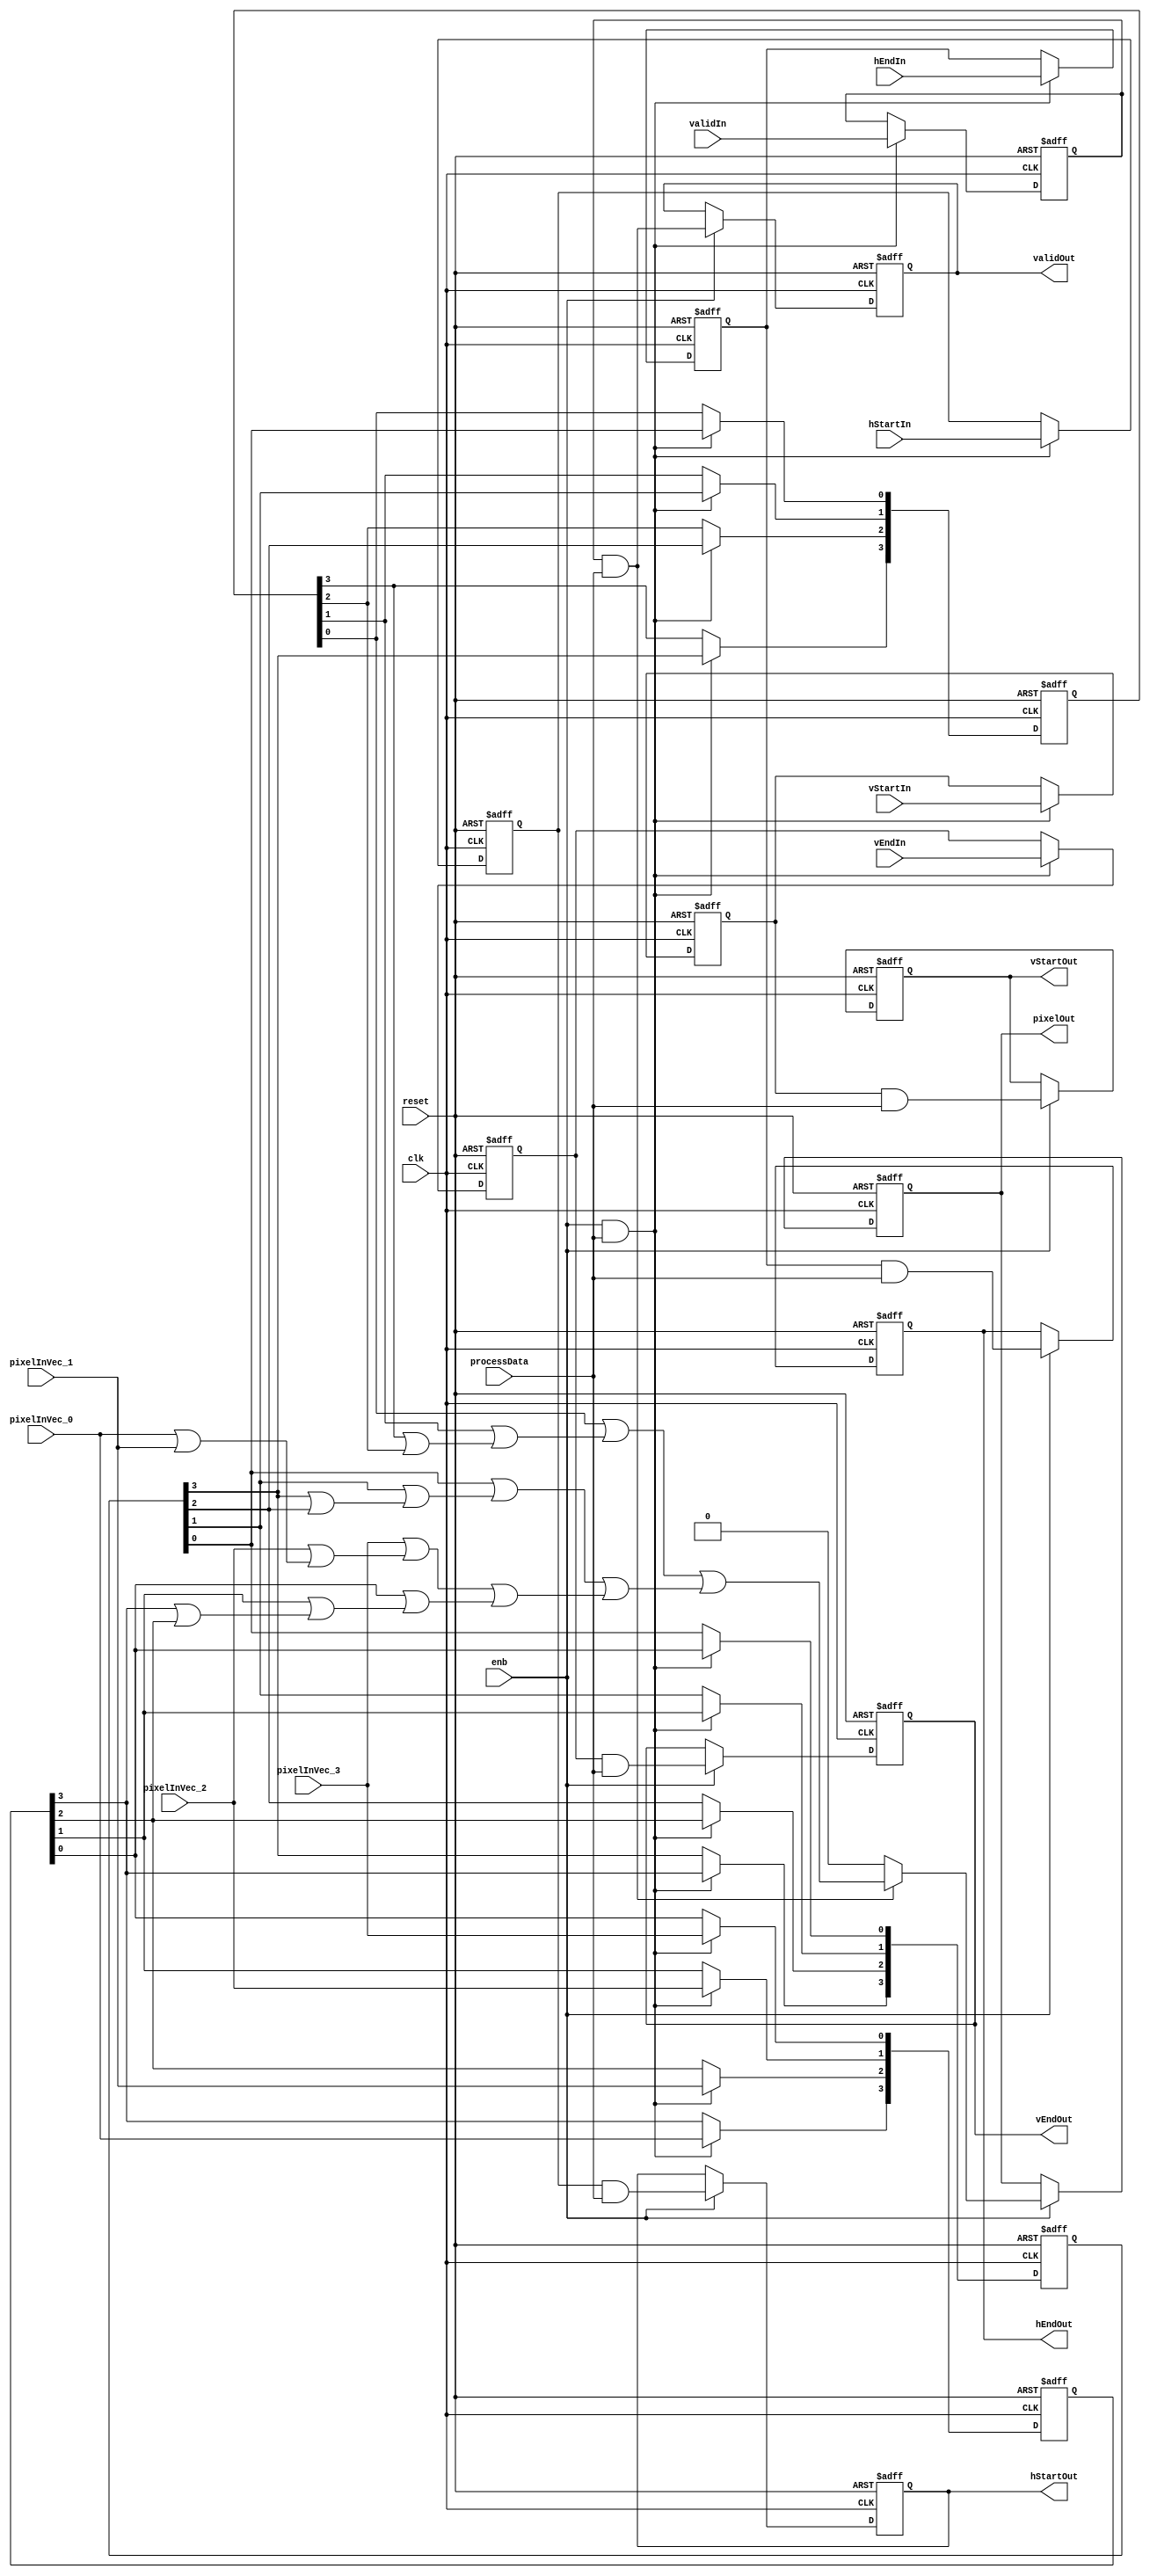
// -------------------------------------------------------------
// 
// 
// Generated by MATLAB 9.13 and HDL Coder 4.0
// 
// -------------------------------------------------------------


// -------------------------------------------------------------
// 
// Module: DilationCore
// Source Path: BlobAnalysisHDL/BlobDetector/CCA_Algorithm/Closing/DilationCore
// Hierarchy Level: 3
// 
// Find local maxima in binary image
// 
// -------------------------------------------------------------

`timescale 1 ns / 1 ns

module DilationCore
          (clk,
           reset,
           enb,
           pixelInVec_0,
           pixelInVec_1,
           pixelInVec_2,
           pixelInVec_3,
           hStartIn,
           hEndIn,
           vStartIn,
           vEndIn,
           validIn,
           processData,
           pixelOut,
           hStartOut,
           hEndOut,
           vStartOut,
           vEndOut,
           validOut);


  input   clk;
  input   reset;
  input   enb;
  input   pixelInVec_0;  // boolean
  input   pixelInVec_1;  // boolean
  input   pixelInVec_2;  // boolean
  input   pixelInVec_3;  // boolean
  input   hStartIn;
  input   hEndIn;
  input   vStartIn;
  input   vEndIn;
  input   validIn;
  input   processData;
  output  pixelOut;
  output  hStartOut;
  output  hEndOut;
  output  vStartOut;
  output  vEndOut;
  output  validOut;


  reg  pixelsel;
  wire validKernelValidOut;
  wire falseout;
  wire [0:3] nhood1;  // boolean [4]
  wire nhood1_0;
  wire nhood1_0_1;
  wire nhood1_1;
  wire nhood1_1_1;
  wire nhood1_2;
  wire nhood1_2_1;
  wire nhood1_3;
  wire [0:3] nhood2;  // boolean [4]
  wire nhood2_0;
  wire [0:3] pixelInVec;  // boolean [4]
  reg  [0:3] datareg1;  // boolean [4]
  wire nhood2_1;
  wire nhood2_2;
  wire nhood2_3;
  wire [0:3] nhood3;  // boolean [4]
  wire nhood3_0;
  reg  [0:3] datareg2;  // boolean [4]
  wire nhood3_1;
  wire nhood3_2;
  wire nhood3_3;
  wire [0:3] nhood4;  // boolean [4]
  wire nhood4_0;
  reg  [0:3] datareg3;  // boolean [4]
  wire nhood4_1;
  wire nhood4_2;
  wire nhood4_3;
  wire nhood1_3_1;
  wire or_col1;
  wire datareg1_0;
  wire nhood2_0_1;
  wire datareg1_1;
  wire nhood2_1_1;
  wire datareg1_2;
  wire nhood2_2_1;
  wire datareg1_3;
  wire nhood2_3_1;
  wire or_col2;
  wire datareg2_0;
  wire nhood3_0_1;
  wire datareg2_1;
  wire nhood3_1_1;
  wire datareg2_2;
  wire nhood3_2_1;
  wire datareg2_3;
  wire nhood3_3_1;
  wire or_col3;
  wire datareg3_0;
  wire nhood4_0_1;
  wire datareg3_1;
  wire nhood4_1_1;
  wire datareg3_2;
  wire nhood4_2_1;
  wire datareg3_3;
  wire nhood4_3_1;
  wire or_col4;
  wire finalor;
  wire validpixel;
  reg  pixelOut_1;
  reg  hStartKernelOut;
  wire hStartKernelValidOut;
  reg  hStartOut_1;
  reg  hEndKernelOut;
  wire hEndKernelValidOut;
  reg  hEndOut_1;
  reg  vStartKernelOut;
  wire vStartKernelValidOut;
  reg  vStartOut_1;
  reg  vEndKernelOut;
  wire vEndKernelValidOut;
  reg  vEndOut_1;
  reg  validOut_1;


  always @(posedge clk or posedge reset)
    begin : intdelay_process
      if (reset == 1'b1) begin
        pixelsel <= 1'b0;
      end
      else begin
        if (enb && processData) begin
          pixelsel <= validIn;
        end
      end
    end



  assign validKernelValidOut = pixelsel & processData;



  // Constant zero
  assign falseout = 1'b0;



  // Neighborhood
  assign nhood1[0] = 1'b1;
  assign nhood1[1] = 1'b1;
  assign nhood1[2] = 1'b1;
  assign nhood1[3] = 1'b1;



  assign nhood1_0 = nhood1[0];

  assign nhood1_0_1 = nhood1_0 & pixelInVec_0;



  assign nhood1_1 = nhood1[1];

  assign nhood1_1_1 = nhood1_1 & pixelInVec_1;



  assign nhood1_2 = nhood1[2];

  assign nhood1_2_1 = nhood1_2 & pixelInVec_2;



  assign nhood1_3 = nhood1[3];

  // Neighborhood
  assign nhood2[0] = 1'b1;
  assign nhood2[1] = 1'b1;
  assign nhood2[2] = 1'b1;
  assign nhood2[3] = 1'b1;



  assign nhood2_0 = nhood2[0];

  assign pixelInVec[0] = pixelInVec_0;
  assign pixelInVec[1] = pixelInVec_1;
  assign pixelInVec[2] = pixelInVec_2;
  assign pixelInVec[3] = pixelInVec_3;

  always @(posedge clk or posedge reset)
    begin : reg_rsvd_process
      if (reset == 1'b1) begin
        datareg1[0] <= 1'b0;
        datareg1[1] <= 1'b0;
        datareg1[2] <= 1'b0;
        datareg1[3] <= 1'b0;
      end
      else begin
        if (enb && processData) begin
          datareg1[0] <= pixelInVec[0];
          datareg1[1] <= pixelInVec[1];
          datareg1[2] <= pixelInVec[2];
          datareg1[3] <= pixelInVec[3];
        end
      end
    end



  assign nhood2_1 = nhood2[1];

  assign nhood2_2 = nhood2[2];

  assign nhood2_3 = nhood2[3];

  // Neighborhood
  assign nhood3[0] = 1'b1;
  assign nhood3[1] = 1'b1;
  assign nhood3[2] = 1'b1;
  assign nhood3[3] = 1'b1;



  assign nhood3_0 = nhood3[0];

  always @(posedge clk or posedge reset)
    begin : reg_rsvd_1_process
      if (reset == 1'b1) begin
        datareg2[0] <= 1'b0;
        datareg2[1] <= 1'b0;
        datareg2[2] <= 1'b0;
        datareg2[3] <= 1'b0;
      end
      else begin
        if (enb && processData) begin
          datareg2[0] <= datareg1[0];
          datareg2[1] <= datareg1[1];
          datareg2[2] <= datareg1[2];
          datareg2[3] <= datareg1[3];
        end
      end
    end



  assign nhood3_1 = nhood3[1];

  assign nhood3_2 = nhood3[2];

  assign nhood3_3 = nhood3[3];

  // Neighborhood
  assign nhood4[0] = 1'b1;
  assign nhood4[1] = 1'b1;
  assign nhood4[2] = 1'b1;
  assign nhood4[3] = 1'b1;



  assign nhood4_0 = nhood4[0];

  always @(posedge clk or posedge reset)
    begin : reg_rsvd_2_process
      if (reset == 1'b1) begin
        datareg3[0] <= 1'b0;
        datareg3[1] <= 1'b0;
        datareg3[2] <= 1'b0;
        datareg3[3] <= 1'b0;
      end
      else begin
        if (enb && processData) begin
          datareg3[0] <= datareg2[0];
          datareg3[1] <= datareg2[1];
          datareg3[2] <= datareg2[2];
          datareg3[3] <= datareg2[3];
        end
      end
    end



  assign nhood4_1 = nhood4[1];

  assign nhood4_2 = nhood4[2];

  assign nhood4_3 = nhood4[3];

  // Finding local maxima
  assign nhood1_3_1 = nhood1_3 & pixelInVec_3;



  assign or_col1 = nhood1_3_1 | (nhood1_2_1 | (nhood1_0_1 | nhood1_1_1));



  assign datareg1_0 = datareg1[0];

  assign nhood2_0_1 = nhood2_0 & datareg1_0;



  assign datareg1_1 = datareg1[1];

  assign nhood2_1_1 = nhood2_1 & datareg1_1;



  assign datareg1_2 = datareg1[2];

  assign nhood2_2_1 = nhood2_2 & datareg1_2;



  assign datareg1_3 = datareg1[3];

  assign nhood2_3_1 = nhood2_3 & datareg1_3;



  assign or_col2 = nhood2_3_1 | (nhood2_2_1 | (nhood2_0_1 | nhood2_1_1));



  assign datareg2_0 = datareg2[0];

  assign nhood3_0_1 = nhood3_0 & datareg2_0;



  assign datareg2_1 = datareg2[1];

  assign nhood3_1_1 = nhood3_1 & datareg2_1;



  assign datareg2_2 = datareg2[2];

  assign nhood3_2_1 = nhood3_2 & datareg2_2;



  assign datareg2_3 = datareg2[3];

  assign nhood3_3_1 = nhood3_3 & datareg2_3;



  assign or_col3 = nhood3_3_1 | (nhood3_2_1 | (nhood3_0_1 | nhood3_1_1));



  assign datareg3_0 = datareg3[0];

  assign nhood4_0_1 = nhood4_0 & datareg3_0;



  assign datareg3_1 = datareg3[1];

  assign nhood4_1_1 = nhood4_1 & datareg3_1;



  assign datareg3_2 = datareg3[2];

  assign nhood4_2_1 = nhood4_2 & datareg3_2;



  assign datareg3_3 = datareg3[3];

  assign nhood4_3_1 = nhood4_3 & datareg3_3;



  assign or_col4 = nhood4_3_1 | (nhood4_2_1 | (nhood4_0_1 | nhood4_1_1));



  assign finalor = or_col4 | (or_col3 | (or_col1 | or_col2));



  assign validpixel = (validKernelValidOut == 1'b0 ? falseout :
              finalor);



  always @(posedge clk or posedge reset)
    begin : intdelay_1_process
      if (reset == 1'b1) begin
        pixelOut_1 <= 1'b0;
      end
      else begin
        if (enb) begin
          pixelOut_1 <= validpixel;
        end
      end
    end



  always @(posedge clk or posedge reset)
    begin : intdelay_2_process
      if (reset == 1'b1) begin
        hStartKernelOut <= 1'b0;
      end
      else begin
        if (enb && processData) begin
          hStartKernelOut <= hStartIn;
        end
      end
    end



  assign hStartKernelValidOut = hStartKernelOut & processData;



  always @(posedge clk or posedge reset)
    begin : intdelay_3_process
      if (reset == 1'b1) begin
        hStartOut_1 <= 1'b0;
      end
      else begin
        if (enb) begin
          hStartOut_1 <= hStartKernelValidOut;
        end
      end
    end



  always @(posedge clk or posedge reset)
    begin : intdelay_4_process
      if (reset == 1'b1) begin
        hEndKernelOut <= 1'b0;
      end
      else begin
        if (enb && processData) begin
          hEndKernelOut <= hEndIn;
        end
      end
    end



  assign hEndKernelValidOut = hEndKernelOut & processData;



  always @(posedge clk or posedge reset)
    begin : intdelay_5_process
      if (reset == 1'b1) begin
        hEndOut_1 <= 1'b0;
      end
      else begin
        if (enb) begin
          hEndOut_1 <= hEndKernelValidOut;
        end
      end
    end



  always @(posedge clk or posedge reset)
    begin : intdelay_6_process
      if (reset == 1'b1) begin
        vStartKernelOut <= 1'b0;
      end
      else begin
        if (enb && processData) begin
          vStartKernelOut <= vStartIn;
        end
      end
    end



  assign vStartKernelValidOut = vStartKernelOut & processData;



  always @(posedge clk or posedge reset)
    begin : intdelay_7_process
      if (reset == 1'b1) begin
        vStartOut_1 <= 1'b0;
      end
      else begin
        if (enb) begin
          vStartOut_1 <= vStartKernelValidOut;
        end
      end
    end



  always @(posedge clk or posedge reset)
    begin : intdelay_8_process
      if (reset == 1'b1) begin
        vEndKernelOut <= 1'b0;
      end
      else begin
        if (enb && processData) begin
          vEndKernelOut <= vEndIn;
        end
      end
    end



  assign vEndKernelValidOut = vEndKernelOut & processData;



  always @(posedge clk or posedge reset)
    begin : intdelay_9_process
      if (reset == 1'b1) begin
        vEndOut_1 <= 1'b0;
      end
      else begin
        if (enb) begin
          vEndOut_1 <= vEndKernelValidOut;
        end
      end
    end



  always @(posedge clk or posedge reset)
    begin : intdelay_10_process
      if (reset == 1'b1) begin
        validOut_1 <= 1'b0;
      end
      else begin
        if (enb) begin
          validOut_1 <= validKernelValidOut;
        end
      end
    end



  assign pixelOut = pixelOut_1;

  assign hStartOut = hStartOut_1;

  assign hEndOut = hEndOut_1;

  assign vStartOut = vStartOut_1;

  assign vEndOut = vEndOut_1;

  assign validOut = validOut_1;

endmodule  // DilationCore